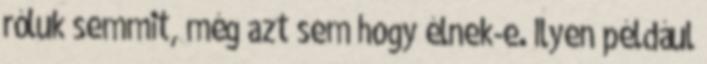
róluk semmit, még azt sem hogy élnek-e. Ilyen például